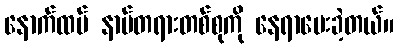
နောက်ထပ် နာမ်တရားတစ်စုကို နေရာပေးခဲ့တယ်။